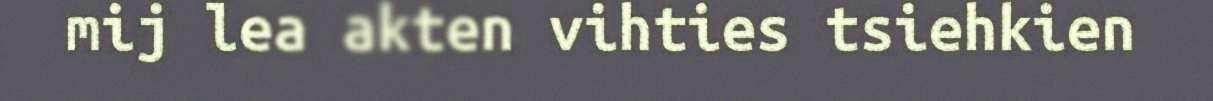
mij lea akten vihties tsiehkien